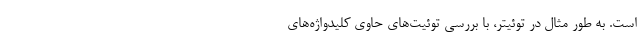
است. به طور مثال در توئیتر، با بررسی توئیت‌های حاوی کلیدواژه‌های